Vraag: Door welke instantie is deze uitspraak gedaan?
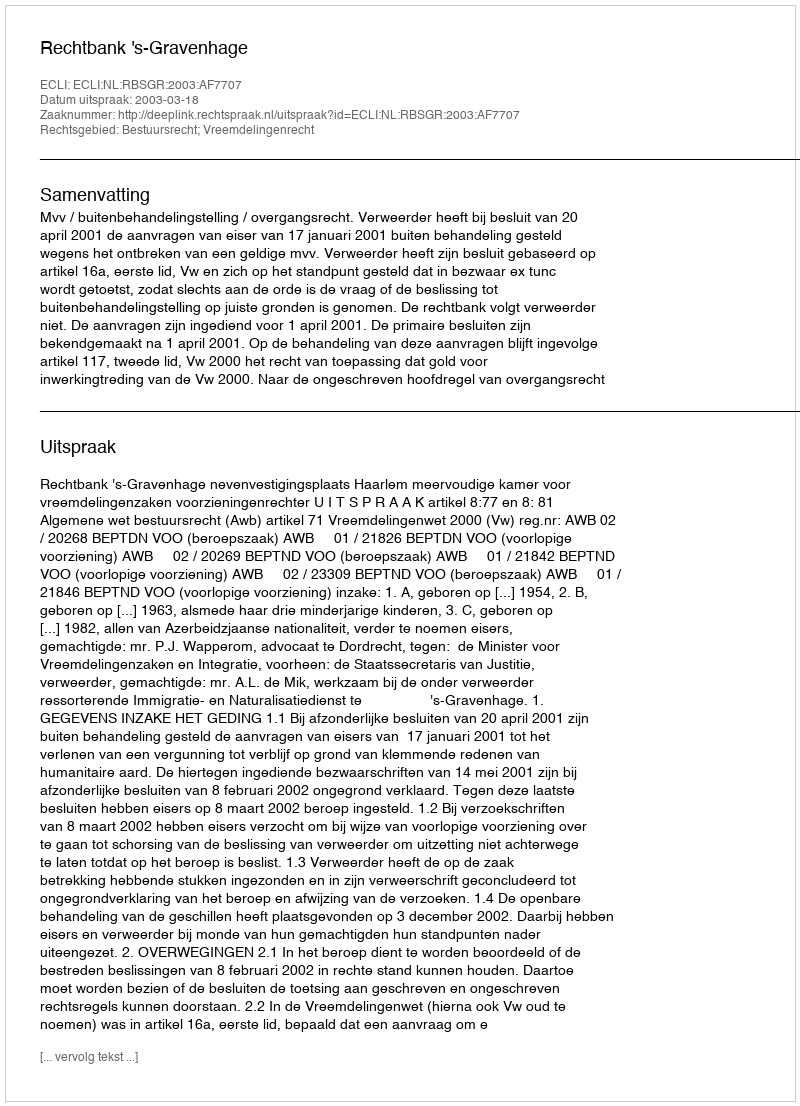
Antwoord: Rechtbank 's-Gravenhage